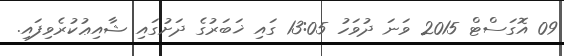
09 އޮގަސްޓް 2015 ވަނަ ދުވަހު 13:05 ގައި ޚަބަރުގެ ދަށުގައި ޝާއިޢުކުރެވިފައި.